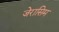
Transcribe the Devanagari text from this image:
जेरासिम